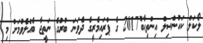
ލޯކަލް ކައުންސިލް އިންތިޙާބު2017 ގެ ޕްރައިމެރީގެ ދެވަނަ ބުރުގެ ނަތީޖާ ބެއްލެވުމަށް މި